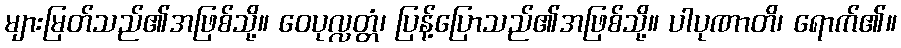
များမြတ်သည်၏အဖြစ်သို့။ ဝေပုလ္လတ္တံ၊ ပြန့်ပြောသည်၏အဖြစ်သို့။ ပါပုဏာတိ၊ ရောက်၏။